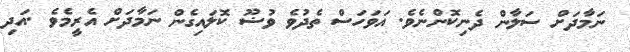
ނަމާދަށް ސަލާން ދެނިކޮންނެވެ. އަވަހަސް ތެދުވެ ވުޟޫ ކޮލައިގެން ނަމާދަށް އެރީމެވެ .އަދި